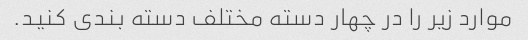
موارد زیر را در چهار دسته مختلف دسته بندی کنید.